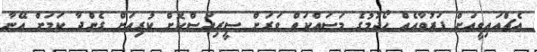
އެޗްއައިވީއަށް ފަރުވާއެއް ހޯދުމުގެ މަސައްކަތް ވަރަށް ސީރިއަސްކޮށް ކުރިއަށް ގެންދާ ކަމަށް އޭނާ